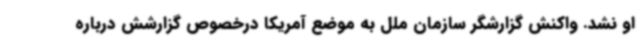
او نشد. واکنش گزارشگر سازمان ملل به موضع آمریکا درخصوص گزارشش درباره